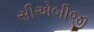
સીએબીજી